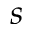
s